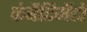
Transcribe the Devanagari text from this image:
कंबैटिमेंटो